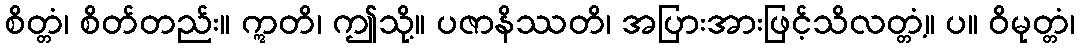
စိတ္တံ၊ စိတ်တည်း။ ဣတိ၊ ဤသို့။ ပဇာနိဿတိ၊ အပြားအားဖြင့်သိလတ္တံ့။ ပ။ ဝိမုတ္တံ၊